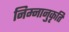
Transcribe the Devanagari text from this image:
निम्नानुकृति